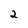
Character: 2